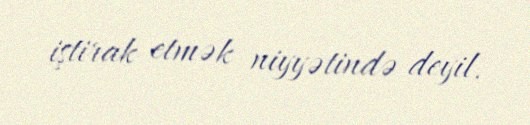
iştirak etmək niyyətində deyil.